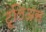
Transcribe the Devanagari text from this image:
टूलिअस